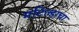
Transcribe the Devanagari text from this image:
मटिल्डाचा